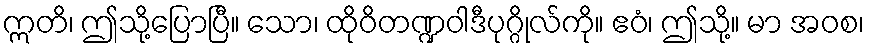
ဣတိ၊ ဤသို့ပြောပြီ။ သော၊ ထိုဝိတဏ္ဍဝါဒီပုဂ္ဂိုလ်ကို။ ဧဝံ၊ ဤသို့။ မာ အဝစ၊